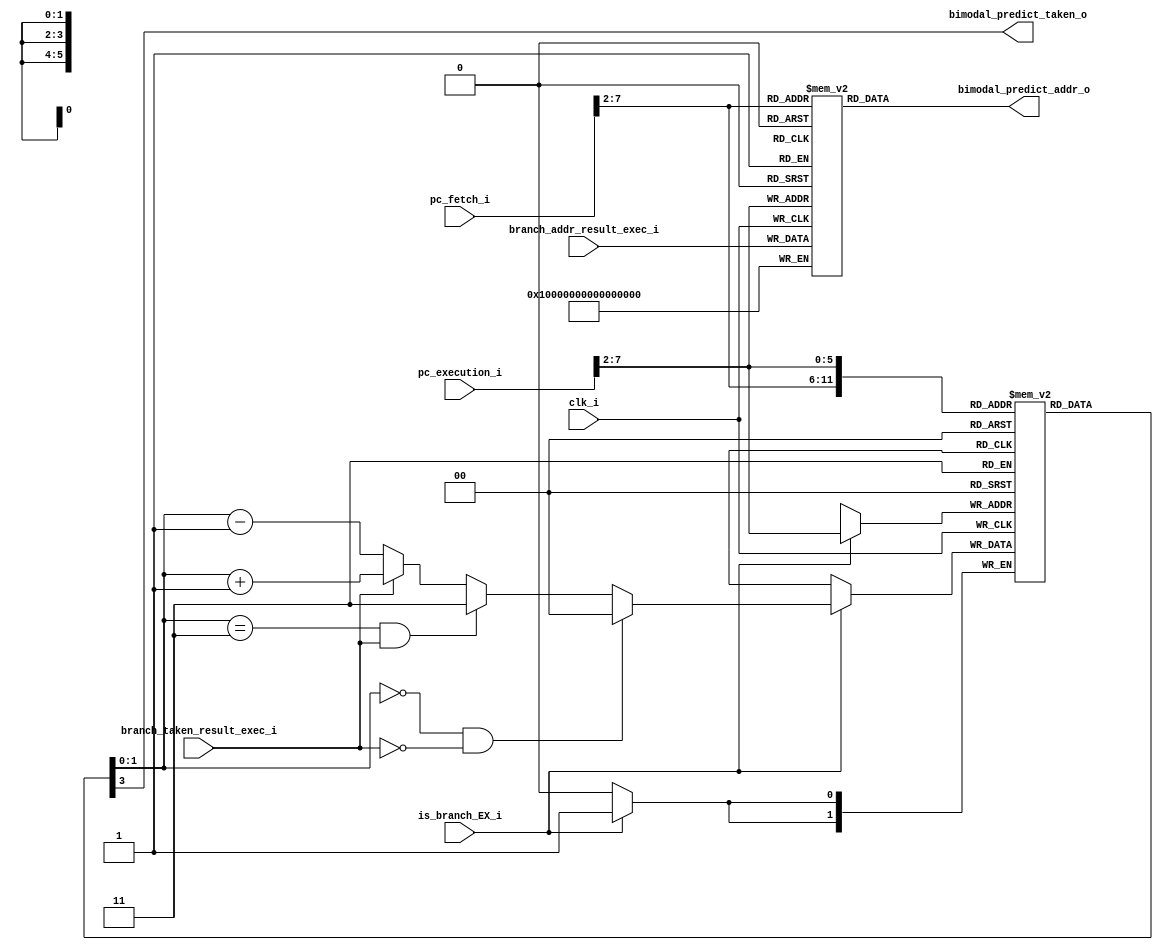
module bimodal_predictor (
	clk_i,
	pc_fetch_i,
	pc_execution_i,
	branch_addr_result_exec_i,
	branch_taken_result_exec_i,
	is_branch_EX_i,
	bimodal_predict_taken_o,
	bimodal_predict_addr_o
);
	input clk_i;
	localparam riscv_pkg_XLEN = 64;
	input wire [63:0] pc_fetch_i;
	input wire [63:0] pc_execution_i;
	input wire [63:0] branch_addr_result_exec_i;
	input branch_taken_result_exec_i;
	input is_branch_EX_i;
	output wire bimodal_predict_taken_o;
	output reg [63:0] bimodal_predict_addr_o;
	localparam _BITS_BIMODAL_STATE_MACHINE_ = 2;
	reg [1:0] new_state_to_pht;
	reg [1:0] readed_state_pht;
	reg [1:0] past_state_pht;
	localparam _LENGTH_BIMODAL_INDEX_ = 6;
	localparam _NUM_BIMODAL_ENTRIES_ = 64;
	reg [1:0] pattern_history_table [0:63];
	reg [63:0] branch_target_buffer [0:63];
	integer i;
	localparam _INITIAL_STATE_BIMODAL_ = 2'b10;
	initial for (i = 0; i < _NUM_BIMODAL_ENTRIES_; i = i + 1)
		begin
			pattern_history_table[i] = _INITIAL_STATE_BIMODAL_;
			branch_target_buffer[i] = 64'h0000000000000000;
		end
	localparam drac_pkg_LEAST_SIGNIFICATIVE_INDEX_BIT_BP = 2;
	localparam drac_pkg_MOST_SIGNIFICATIVE_INDEX_BIT_BP = 7;
	always @(*) begin
		readed_state_pht = pattern_history_table[pc_fetch_i[drac_pkg_MOST_SIGNIFICATIVE_INDEX_BIT_BP:drac_pkg_LEAST_SIGNIFICATIVE_INDEX_BIT_BP]];
		past_state_pht = pattern_history_table[pc_execution_i[drac_pkg_MOST_SIGNIFICATIVE_INDEX_BIT_BP:drac_pkg_LEAST_SIGNIFICATIVE_INDEX_BIT_BP]];
		bimodal_predict_addr_o = branch_target_buffer[pc_fetch_i[drac_pkg_MOST_SIGNIFICATIVE_INDEX_BIT_BP:drac_pkg_LEAST_SIGNIFICATIVE_INDEX_BIT_BP]];
	end
	always @(*)
		if ((past_state_pht == 2'b00) && (branch_taken_result_exec_i == 1'b0))
			new_state_to_pht = 2'b00;
		else if ((past_state_pht == 2'b11) && (branch_taken_result_exec_i == 1'b1))
			new_state_to_pht = 2'b11;
		else if (branch_taken_result_exec_i == 1'b1)
			new_state_to_pht = past_state_pht + 2'b01;
		else
			new_state_to_pht = past_state_pht - 2'b01;
	always @(posedge clk_i) begin
		if (is_branch_EX_i)
			pattern_history_table[pc_execution_i[drac_pkg_MOST_SIGNIFICATIVE_INDEX_BIT_BP:drac_pkg_LEAST_SIGNIFICATIVE_INDEX_BIT_BP]] <= new_state_to_pht;
		branch_target_buffer[pc_execution_i[drac_pkg_MOST_SIGNIFICATIVE_INDEX_BIT_BP:drac_pkg_LEAST_SIGNIFICATIVE_INDEX_BIT_BP]] <= branch_addr_result_exec_i;
	end
	assign bimodal_predict_taken_o = readed_state_pht[1];
endmodule